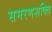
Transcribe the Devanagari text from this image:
समरणशक्ति